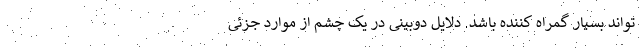
تواند بسیار گمراه کننده باشد. دلایل دوبینی در یک چشم از موارد جزئی